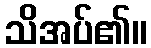
သိအပ်၏။